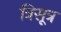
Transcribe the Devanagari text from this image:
त्रिसूत्र